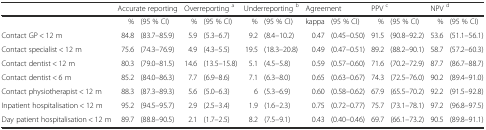
|  | <COLSPAN=2> Accurate reporting | <COLSPAN=2> Overreporting a | <COLSPAN=2> Underreporting b | <COLSPAN=2> Agreement | <COLSPAN=2> PPV c | <COLSPAN=2> NPV d |
 | --- | --- | --- | --- | --- | --- | --- | --- | --- | --- | --- | --- | --- |
 |  | % | (95 % CI) | % | (95 % CI) | % | (95 % CI) | kappa | (95 % CI) | % | (95 % CI) | % | (95 % CI) |
 | Contact GP < 12 m | 84.8 | (83.7–85.9) | 5.9 | (5.3–6.7) | 9.2 | (8.4–10.2) | 0.47 | (0.45–0.50) | 91.5 | (90.8–92.2) | 53.6 | (51.1–56.1) |
 | Contact specialist < 12 m | 75.6 | (74.3–76.9) | 4.9 | (4.3–5.5) | 19.5 | (18.3–20.8) | 0.49 | (0.47–0.51) | 89.2 | (88.2–90.1) | 58.7 | (57.2–60.3) |
 | Contact dentist < 12 m | 80.3 | (79.0–81.5) | 14.6 | (13.5–15.8) | 5.1 | (4.5–5.8) | 0.59 | (0.57–0.60) | 71.6 | (70.2–72.9) | 87.7 | (86.7–88.7) |
 | Contact dentist < 6 m | 85.2 | (84.0–86.3) | 7.7 | (6.9–8.6) | 7.1 | (6.3–8.0) | 0.65 | (0.63–0.67) | 74.3 | (72.5–76.0) | 90.2 | (89.4–91.0) |
 | Contact physiotherapist < 12 m | 88.3 | (87.3–89.3) | 5.6 | (5.0–6.3) | 6 | (5.3–6.9) | 0.60 | (0.58–0.62) | 67.9 | (65.5–70.2) | 92.2 | (91.5–92.8) |
 | Inpatient hospitalisation < 12 m | 95.2 | (94.5–95.7) | 2.9 | (2.5–3.4) | 1.9 | (1.6–2.3) | 0.75 | (0.72–0.77) | 75.7 | (73.1–78.1) | 97.2 | (96.8–97.5) |
 | Day patient hospitalisation < 12 m | 89.7 | (88.8–90.5) | 2.1 | (1.7–2.5) | 8.2 | (7.5–9.1) | 0.43 | (0.40–0.46) | 69.7 | (66.1–73.2) | 90.5 | (89.8–91.1) |